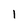
Character: 1